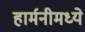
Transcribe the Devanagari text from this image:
हार्मनीमध्ये